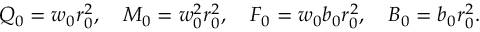
Q _ { 0 } = w _ { 0 } r _ { 0 } ^ { 2 } , \quad M _ { 0 } = w _ { 0 } ^ { 2 } r _ { 0 } ^ { 2 } , \quad F _ { 0 } = w _ { 0 } b _ { 0 } r _ { 0 } ^ { 2 } , \quad B _ { 0 } = b _ { 0 } r _ { 0 } ^ { 2 } .